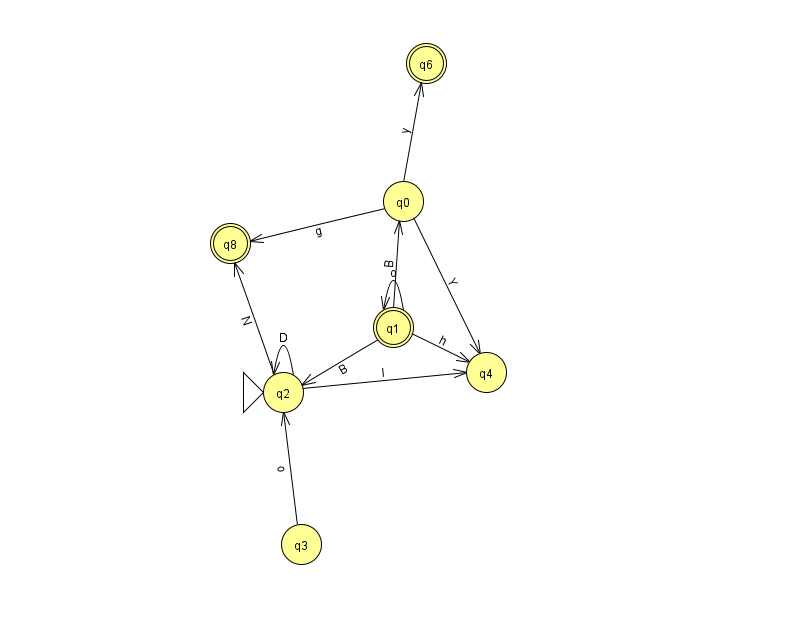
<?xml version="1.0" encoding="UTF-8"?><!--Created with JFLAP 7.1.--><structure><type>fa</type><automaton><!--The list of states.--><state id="0" name="q0"><x>403.0</x><y>188.0</y></state><state id="1" name="q1"><x>393.0</x><y>314.0</y><final/></state><state id="2" name="q2"><x>283.0</x><y>379.0</y><initial/></state><state id="3" name="q3"><x>301.0</x><y>531.0</y></state><state id="4" name="q4"><x>486.0</x><y>359.0</y></state><state id="6" name="q6"><x>426.0</x><y>50.0</y><final/></state><state id="8" name="q8"><x>230.0</x><y>230.0</y><final/></state><!--The list of transitions.--><transition><from>2</from><to>4</to><read>l</read></transition><transition><from>1</from><to>0</to><read>B</read></transition><transition><from>2</from><to>2</to><read>D</read></transition><transition><from>3</from><to>2</to><read>o</read></transition><transition><from>0</from><to>4</to><read>Y</read></transition><transition><from>1</from><to>4</to><read>h</read></transition><transition><from>0</from><to>8</to><read>g</read></transition><transition><from>0</from><to>6</to><read>y</read></transition><transition><from>1</from><to>2</to><read>B</read></transition><transition><from>1</from><to>1</to><read>o</read></transition><transition><from>2</from><to>8</to><read>N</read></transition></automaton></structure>